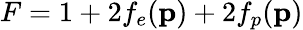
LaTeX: F=1+2f_{e}(\mathbf{p})+2f_{p}(\mathbf{p})